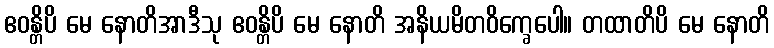
ဧဝန္တိပိ မေ နောတိအာဒီသု ဧဝန္တိပိ မေ နောတိ အနိယမိတဝိက္ခေပေါ။ တထာတိပိ မေ နောတိ